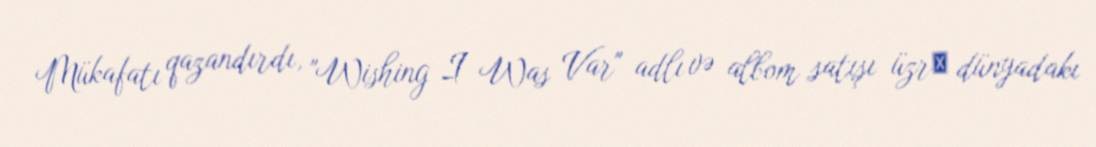
Mükafatı qazandırdı, "Wishing I Was Var" adlı və albom satışı üzrә dünyadakı